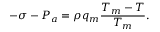
- \sigma - P _ { a } = \rho q _ { m } \frac { T _ { m } - T } { T _ { m } } .